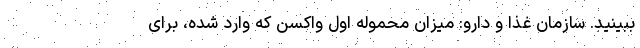
ببینید. سازمان غذا و دارو: میزان محموله اول واکسن که وارد شده، برای